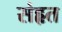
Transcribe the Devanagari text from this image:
संहृत